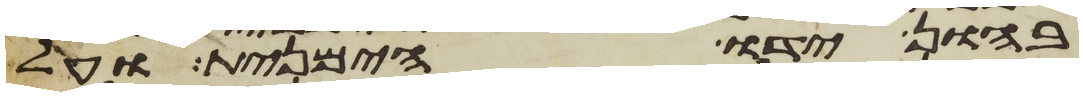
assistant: בהון ידו הימנית ועל